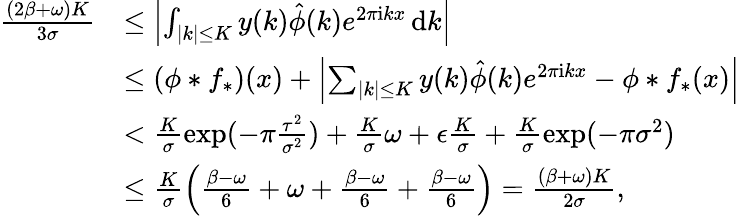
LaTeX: \begin{array}{rl}{\frac{(2\beta+\omega)K}{3\sigma}}&{\le\left|\int_{|k|\le K}y(k)\hat{\phi}(k)e^{2\pi\mathrm{i}kx}\, \mathrm{d}k\right|}\\ &{\le(\phi*f_{*})(x)+\left|\sum_{|k|\le K}y(k)\hat{\phi}(k)e^{2\pi\mathrm{i}kx}-\phi*f_{*}(x)\right|}\\ &{<\frac{K}{\sigma}\exp(-\pi\frac{\tau^{2}}{\sigma^{2}})+\frac{K}{\sigma}\omega+\epsilon\frac{K}{\sigma}+\frac{K}{\sigma}\exp(-\pi\sigma^{2})}\\ &{\le\frac{K}{\sigma}\left(\frac{\beta-\omega}{6}+\omega+\frac{\beta-\omega}{6}+\frac{\beta-\omega}{6}\right)=\frac{(\beta+\omega)K}{2\sigma},}\end{array}